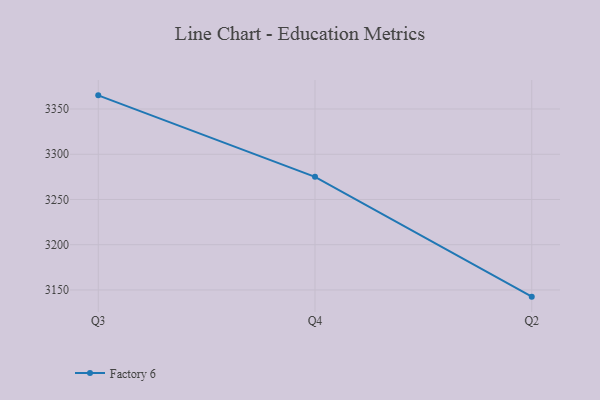
{"axis": {"x": "Quarter", "y": "Active Users"}, "legend": ["Factory 6"], "data": [{"x": "Q3", "y": 3365.1, "type": "Factory 6"}, {"x": "Q4", "y": 3275.0, "type": "Factory 6"}, {"x": "Q2", "y": 3142.6, "type": "Factory 6"}]}